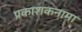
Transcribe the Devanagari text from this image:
प्रकाशकनामा